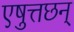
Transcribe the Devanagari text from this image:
एषुत्तछन्